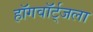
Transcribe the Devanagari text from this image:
हॉगवॉर्ट्‌जला